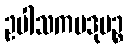
ဥပါသကပဒုမဉ္စ